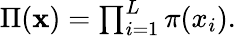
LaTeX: \begin{array}{r}{\Pi(\mathbf{x})=\prod_{i=1}^{L}\pi(x_{i}).}\end{array}